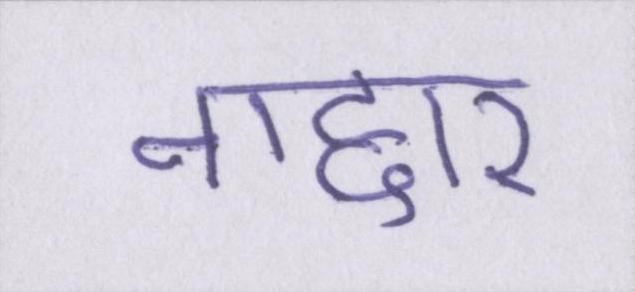
गद्दार